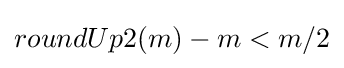
roundUp2(m)-m<m/2